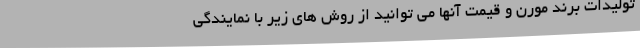
تولیدات برند مورن و قیمت آنها می توانید از روش های زیر با نمایندگی